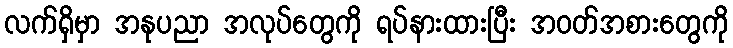
လက်ရှိမှာ အနုပညာ အလုပ်တွေကို ရပ်နားထားပြီး အဝတ်အစားတွေကို